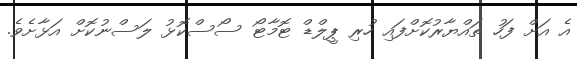
އެ އަށް ފަހު ތައްޔާރުކޮށްފައި ހުރި ޕީލްޑް ޓޮމާޓޯ ސޯސްކޮޅު ލަސްނުކޮށް އަޅާށެވެ.